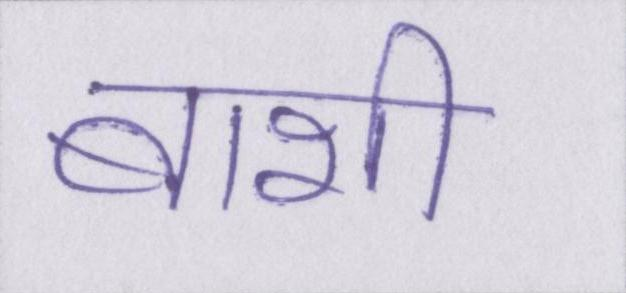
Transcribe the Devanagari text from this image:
बाशी